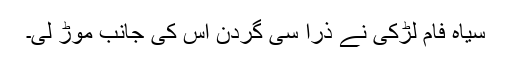
سیاہ فام لڑکی نے ذرا سی گردن اس کی جانب موڑ لی۔